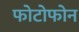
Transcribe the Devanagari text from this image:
फोटोफोन